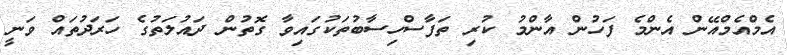
އެމްއެމްއޭން އެންމެ ފަހުން އާންމު ކުރި ތަފާސްހިސާބުތަކުގައިވާ ގޮތުން ދައުލަތުގެ ހަރަދުތައް ވަނީ